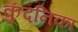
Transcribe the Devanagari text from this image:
कुंदनिका